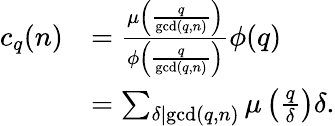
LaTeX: {\begin{array}{rl}{c_{q}(n)}&{={\frac{\mu\left({\frac{q}{\operatorname*{gcd}(q,n)}}\right)}{\phi\left({\frac{q}{\operatorname*{gcd}(q,n)}}\right)}}\phi(q)}\\ &{=\sum_{\delta\mid\operatorname*{gcd}(q,n)}\mu\left({\frac{q}{\delta}}\right)\delta.}\end{array}}